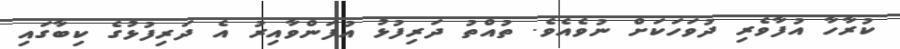
ކުރާހާ އުފާވެރި ދުވަހަކަށް ނުވެއެވެ. ތުއްތު ދަރިފުޅު އުފަންވާއިރު އެ ދަރިފުޅުގެ ކިބާގައި